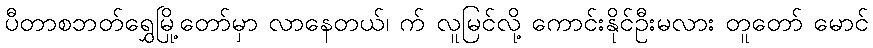
ပီတာစဘတ်ရွှေမြို့တော်မှာ လာနေတယ်၊ က် လူမြင်လို့ ကောင်းနိုင်ဦးမလား တူတော် မောင်